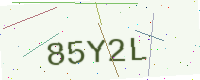
Text: 85Y2L